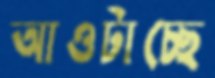
আওটাচ্ছে